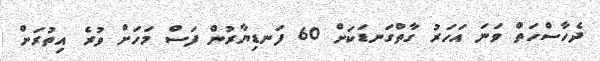
ދެހާސްހަތް ވަނަ އަހަރު ގާތްގަނޑަކަށް 60 ފަނޑިޔާރުން ފަސް މަހަށް ވުރެ އިތުރަށް